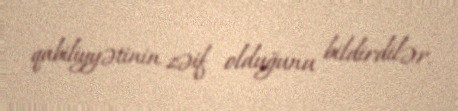
qabiliyyətinin zəif olduğunu bildirdilər.